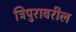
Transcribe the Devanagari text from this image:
त्रिपुरावरील